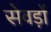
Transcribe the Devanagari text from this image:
सेवड़ों